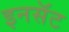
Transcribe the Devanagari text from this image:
इनसॅट